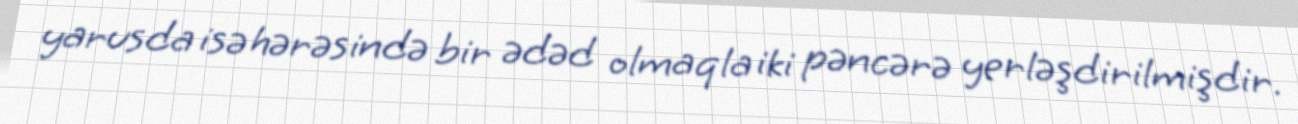
yarusda isə hərəsində bir ədəd olmaqla iki pəncərə yerləşdirilmişdir.